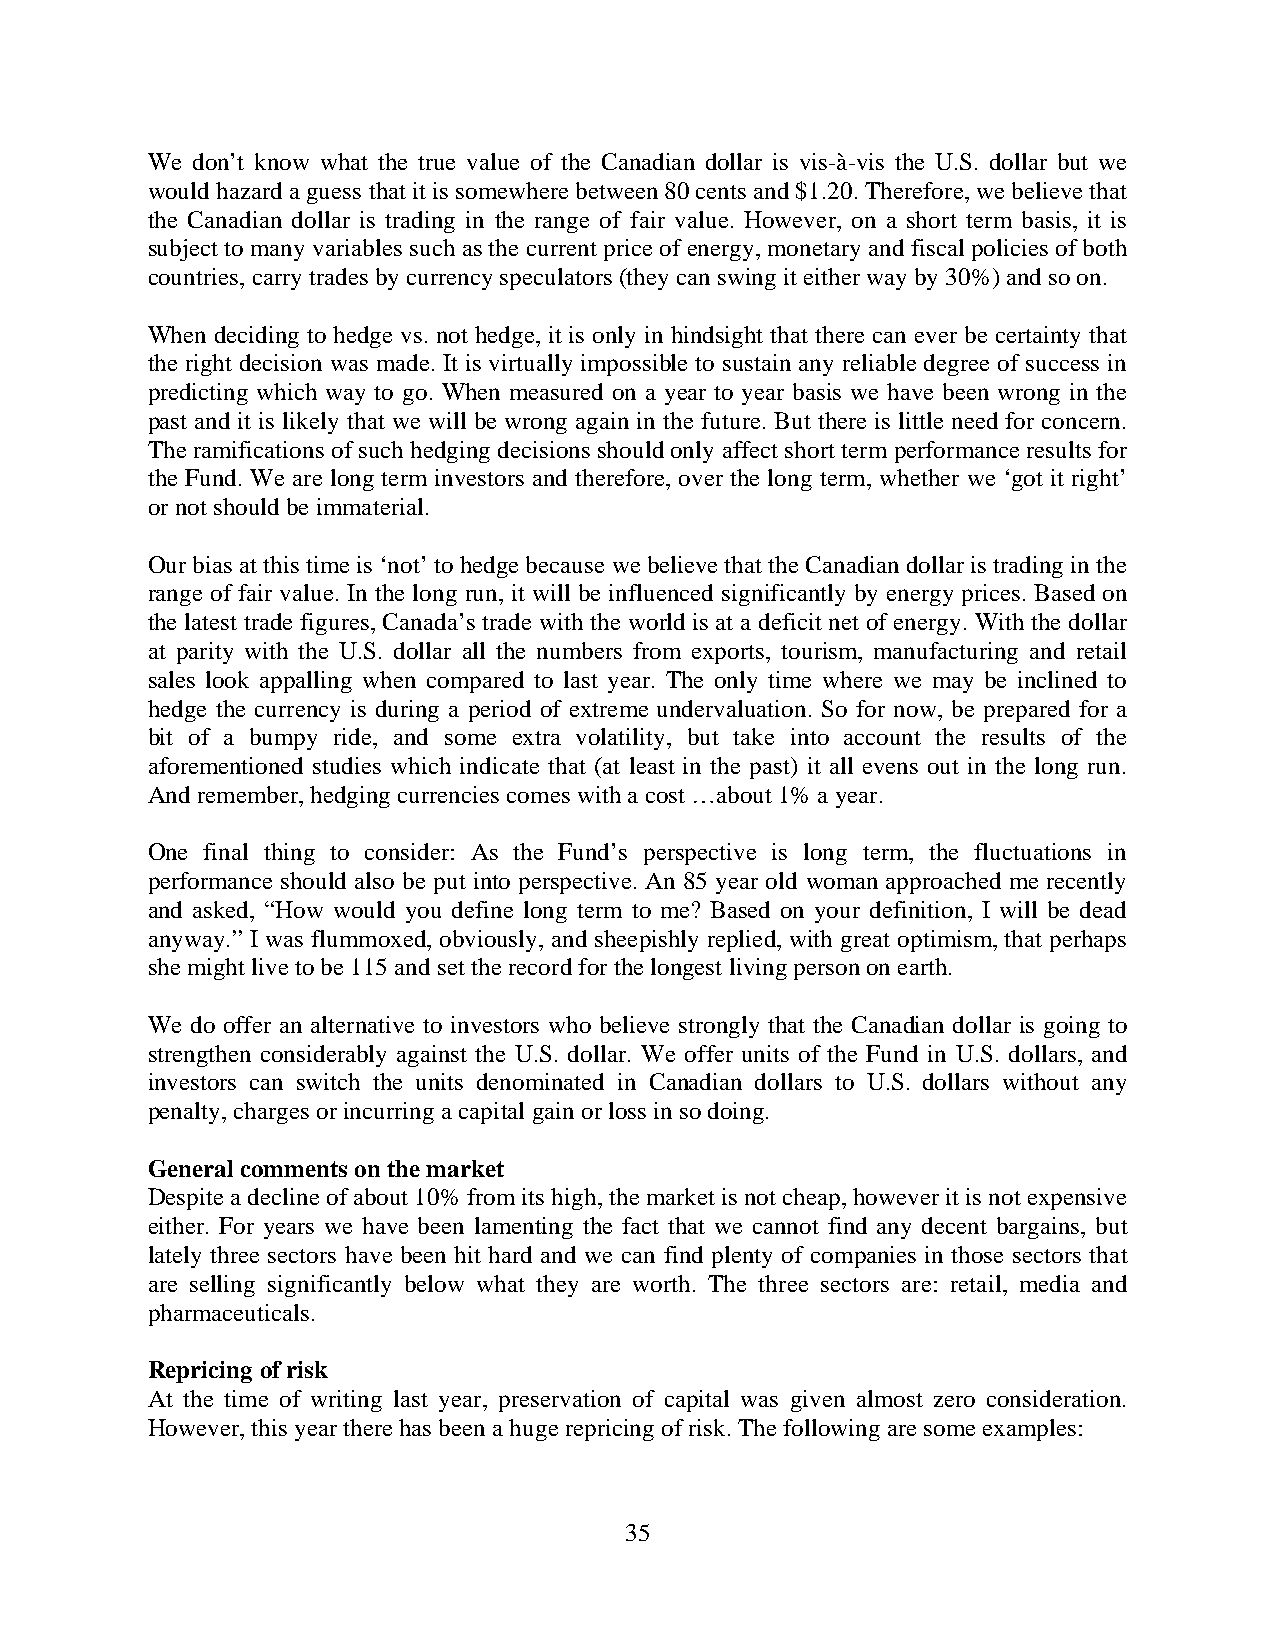
We don’t know what the true value of the Canadian dollar is vis-à-vis the U.S. dollar but we
 would hazard a guess that it is somewhere between 80 cents and $1.20. Therefore, we believe that
 the Canadian dollar is trading in the range of fair value. However, on a short term basis, it is
 subject to many variables such as the current price of energy, monetary and fiscal policies of both
 countries, carry trades by currency speculators (they can swing it either way by 30%) and so on.
 When deciding to hedge vs. not hedge, it is only in hindsight that there can ever be certainty that
 the right decision was made. It is virtually impossible to sustain any reliable degree of success in
 predicting which way to go. When measured on a year to year basis we have been wrong in the
 past and it is likely that we will be wrong again in the future. But there is little need for concern.
 The ramifications of such hedging decisions should only affect short term performance results for
 the Fund. We are long term investors and therefore, over the long term, whether we ‘got it right’
 or not should be immaterial.
 Our bias at this time is ‘not’ to hedge because we believe that the Canadian dollar is trading in the
 range of fair value. In the long run, it will be influenced significantly by energy prices. Based on
 the latest trade figures, Canada’s trade with the world is at a deficit net of energy. With the dollar
 at parity with the U.S. dollar all the numbers from exports, tourism, manufacturing and retail
 sales look appalling when compared to last year. The only time where we may be inclined to
 hedge the currency is during a period of extreme undervaluation. So for now, be prepared for a
 bit of a bumpy ride, and some extra volatility, but take into account the results of the
 aforementioned studies which indicate that (at least in the past) it all evens out in the long run.
 And remember, hedging currencies comes with a cost …about 1% a year.
 One final thing to consider: As the Fund’s perspective is long term, the fluctuations in
 performance should also be put into perspective. An 85 year old woman approached me recently
 and asked, “How would you define long term to me? Based on your definition, I will be dead
 anyway.” I was flummoxed, obviously, and sheepishly replied, with great optimism, that perhaps
 she might live to be 115 and set the record for the longest living person on earth.
 We do offer an alternative to investors who believe strongly that the Canadian dollar is going to
 strengthen considerably against the U.S. dollar. We offer units of the Fund in U.S. dollars, and
 investors can switch the units denominated in Canadian dollars to U.S. dollars without any
 penalty, charges or incurring a capital gain or loss in so doing.
 General comments on the market
 Despite a decline of about 10% from its high, the market is not cheap, however it is not expensive
 either. For years we have been lamenting the fact that we cannot find any decent bargains, but
 lately three sectors have been hit hard and we can find plenty of companies in those sectors that
 are selling significantly below what they are worth. The three sectors are: retail, media and
 pharmaceuticals.
 Repricing of risk
 At the time of writing last year, preservation of capital was given almost zero consideration.
 However, this year there has been a huge repricing of risk. The following are some examples:
 35